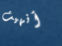
أنهيت